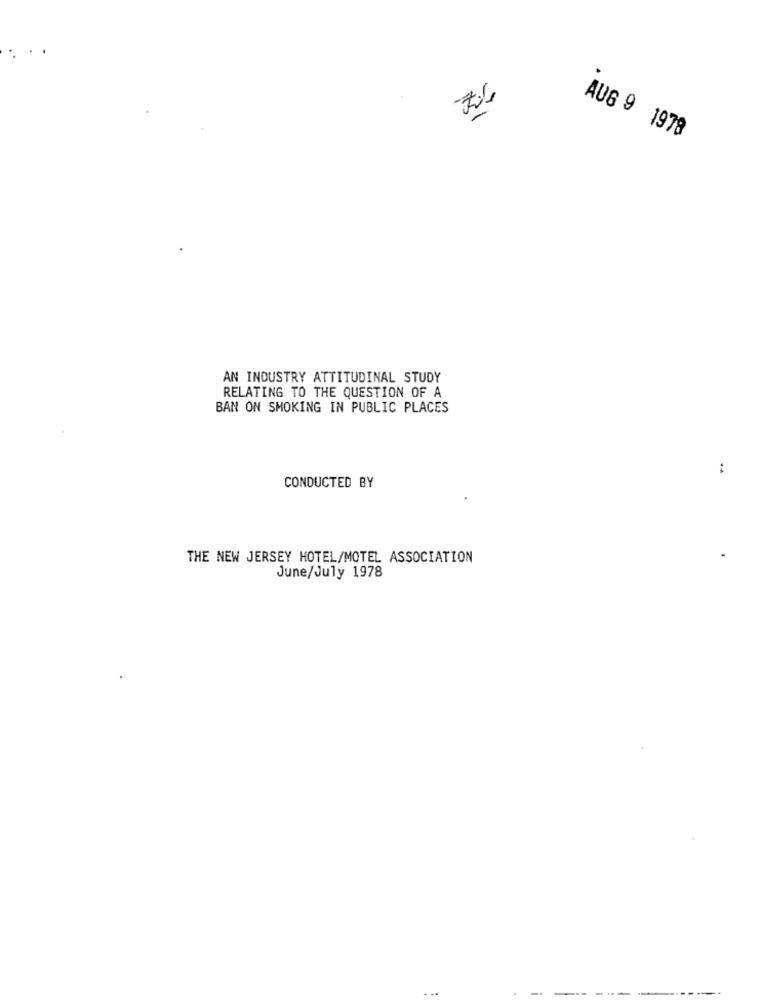
AUG 9 1978
AN INDUSTRY ATTITUDINAL STUDY
RELATING TO THE QUESTION OF A
BAN ON SMOKING IN PUBLIC PLACES
:
CONDUCTED BY
THE NEW JERSEY HOTEL/MOTEL ASSOCIATION
June/July 1978